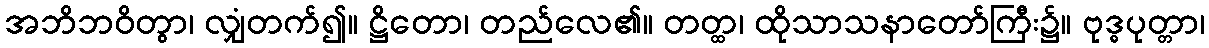
အဘိဘဝိတွာ၊ လျှံတက်၍။ ဋ္ဌိတော၊ တည်လေ၏။ တတ္ထ၊ ထိုသာသနာတော်ကြီး၌။ ဗုဒ္ဓပုတ္တာ၊